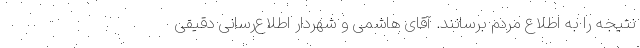
نتیجه را به اطلاع مردم برسانند. آقای هاشمی و شهردار اطلاع‌رسانی دقیقی